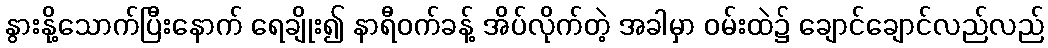
နွားနို့သောက်ပြီးနောက် ရေချိုး၍ နာရီဝက်ခန့် အိပ်လိုက်တဲ့ အခါမှာ ဝမ်းထဲ၌ ချောင်ချောင်လည်လည်